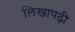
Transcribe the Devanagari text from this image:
लिखापढ़ी